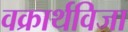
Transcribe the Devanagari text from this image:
वक्रार्थविजा